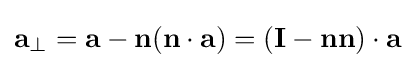
\mathbf {a} _{\perp }=\mathbf {a} -\mathbf {n} (\mathbf {n} \cdot \mathbf {a} )=(\mathbf {I} -\mathbf {nn} )\cdot \mathbf {a}